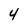
Character: 4